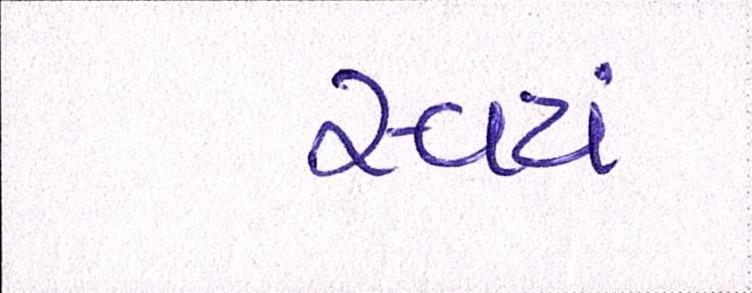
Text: સ્વયં